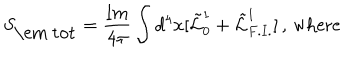
S _ { \mathrm { \em ~ t o t } } = \frac { \mathrm { I m } } { 4 \pi } \int d ^ { 4 } x [ \tilde { { \cal L } } _ { 0 } ^ { 1 } + \tilde { { \cal L } } _ { F . I . } ^ { 1 } ] \, , \, \mathrm { w h e r e }